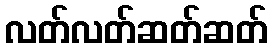
လတ်လတ်ဆတ်ဆတ်